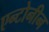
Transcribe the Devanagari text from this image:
एन्टोनीन